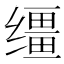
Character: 缰